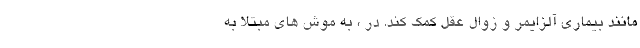
مانند بیماری آلزایمر و زوال عقل کمک کند. در ، به موش های مبتلا به